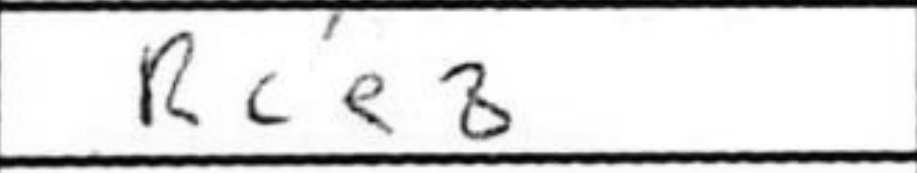
Transcription: Rce8